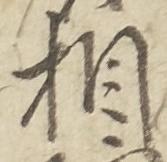
相